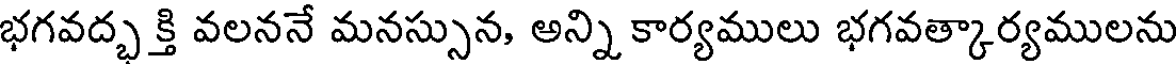
భగవద్భ క్తి వలననే మనస్సున, అన్ని కార్యములు భగవత్కార్యములను